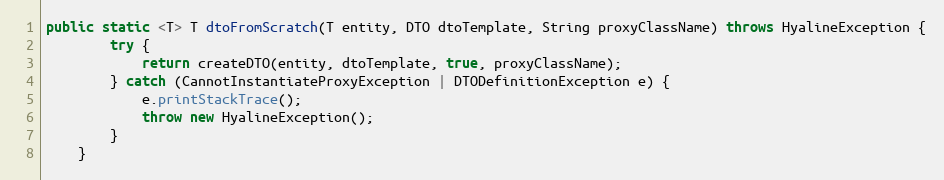
Language: Java
public static <T> T dtoFromScratch(T entity, DTO dtoTemplate, String proxyClassName) throws HyalineException {
		try {
			return createDTO(entity, dtoTemplate, true, proxyClassName);
		} catch (CannotInstantiateProxyException | DTODefinitionException e) {
			e.printStackTrace();
			throw new HyalineException();
		}
	}